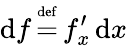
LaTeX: \operatorname{\mathrm{d}}\! f\, {\overset{\underset{\mathrm{{\mathrm{d}ef}}}{}}{=}}\, f_{x}^{\prime}\operatorname{\mathrm{d}}\! x